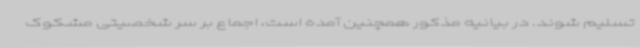
تسلیم شوند. در بیانیه مذکور همچنین آمده است، اجماع بر سر شخصیتی مشکوک